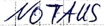
Text: NOTAUS